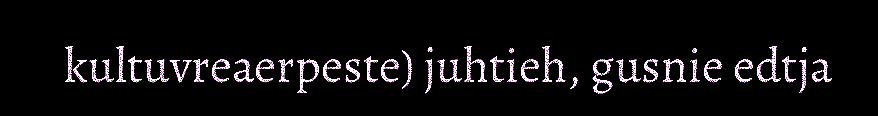
kultuvreaerpeste) juhtieh, gusnie edtja